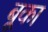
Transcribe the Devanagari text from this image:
बूका